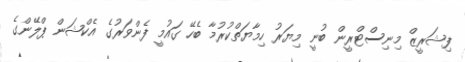
ފިޝަރީޒް މިނިސްޓްރީން ބުނީ މިޔަރު ހިމާޔަތްކުރުމާ ބެހޭ ގައުމީ ފެންވަރުގެ އެކްޝަން ޕްލޭންގެ